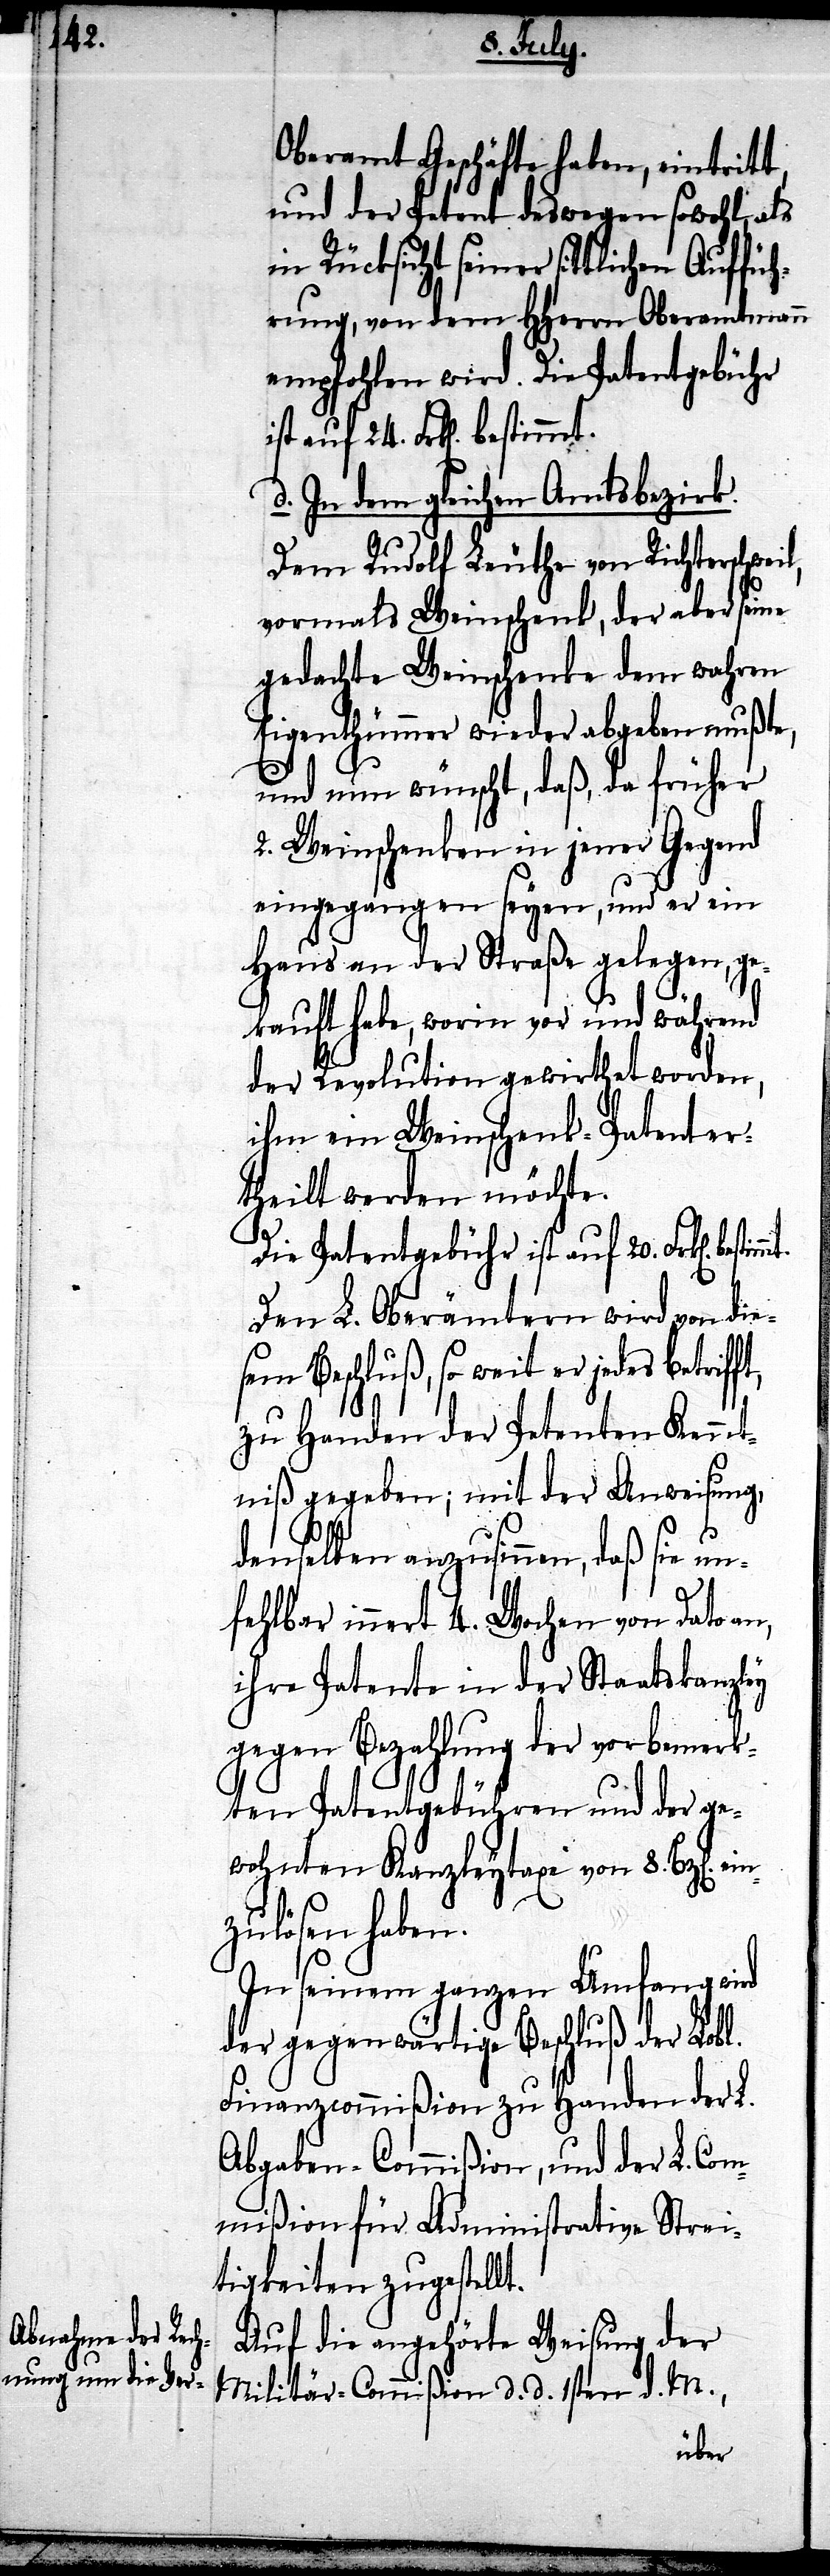
ein¬

Oberamt Geschäfte haben, eintritt,
und der Petent deswegen sowohl, als
in Rücksicht seiner sittlichen Auf¬
führung, von dem HHerrn Oberamtmann
empfohlen wird. Die Patentgebühr
d. In dem gleichen Amtsbezirk.
Dem Rudolf Leuthe von Richterschwe¬
vormals Weinschenk, der aber seine
gedachte Weinschenke dem wahren
Eigenthümer wieder abgeben mußte,
und nun wünscht, daß da früher
2. Weinschenken in jener Gegend
eingegangen seyen, und er ein
Haus an der Straße gelegen, ge¬
kauft habe, worin vor und während
der Revolution gewirthet worden,
ihm ein Weinschenk-Patent er¬
theilt werden möchte.
Die Patentgebühr ist auf 20. Frk[en].
Den L. Oberämtern wird von die¬
sem Beschluß, so weit er jedes betriff¬
zu Handen der Petenten Kennt¬
niß gegeben; mit der Anweisung,
denselben anzusinnen, daß sie un¬
fehlbar innert 4. Wochen von Dato an,
ihre Patente in der Staatskanzley
gegen Bezahlung der vorbemerk¬
ten Patentgebühren und der ge¬
wohnten Kanzleytaxe von 8. Btz[en].
zulösen haben.
In seinem ganzen Umfang wird
der gegenwärtige Beschluß der Lobl.
Finanzcommißon zu Handen der L.
Abgaben-Commißion, und der L. Com¬
mißion für Administrative Strei¬
tigkeiten zugestellt.
Auf die angehörte Weisung der
Militär-Commißion d. d. 1sten d. M.,